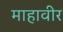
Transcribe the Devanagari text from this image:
माहावीर